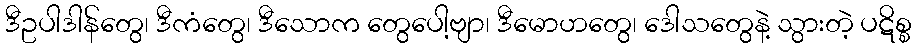
ဒီဥပါဒါန်တွေ၊ ဒီကံတွေ၊ ဒီသောက တွေပေါ့ဗျာ၊ ဒီမောဟတွေ၊ ဒေါသတွေနဲ့ သွားတဲ့ ပဋိစ္စ